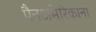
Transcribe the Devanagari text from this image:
पैनअमेरिकाना